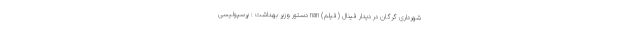
شهرداری گرگان در دیدار فینال (فیلم) nan دستور وزیر بهداشت : پرسپولیسی